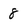
Character: 8